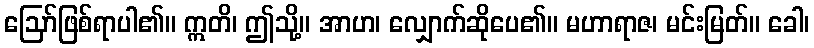
ဩော်ဖြစ်ရာပါ၏။ ဣတိ၊ ဤသို့။ အာဟ၊ လျှောက်ဆိုပေ၏။ မဟာရာဇ၊ မင်းမြတ်။ ခေါ၊